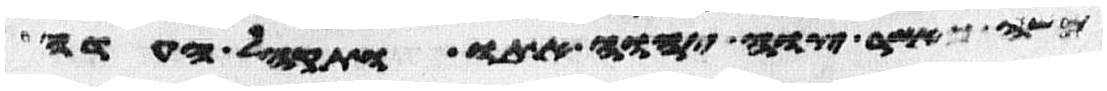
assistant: משה כאשר צוה יהוה אתו ותקהל העדה